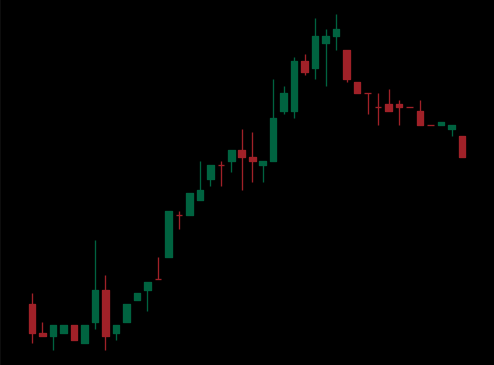
Pattern: bear_flag